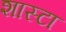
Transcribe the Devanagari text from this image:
शास्टा